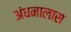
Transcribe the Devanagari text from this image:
अंधनालास